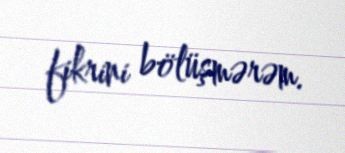
fikrini bölüşmərəm.